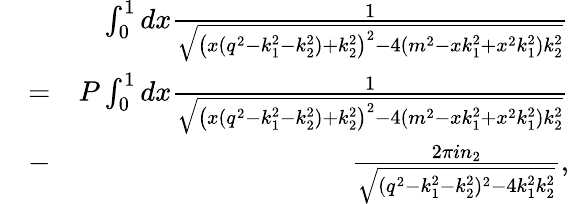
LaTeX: \begin{array}{rlr}&{}&{\int_{0}^{1}dx\frac{1}{\sqrt{\left(x(q^{2}-k_{1}^{2}-k_{2}^{2})+k_{2}^{2}\right)^{2}-4(m^{2}-xk_{1}^{2}+x^{2}k_{1}^{2})k_{2}^{2}}}}\\ &{=}&{P\int_{0}^{1}dx\frac{1}{\sqrt{\left(x(q^{2}-k_{1}^{2}-k_{2}^{2})+k_{2}^{2}\right)^{2}-4(m^{2}-xk_{1}^{2}+x^{2}k_{1}^{2})k_{2}^{2}}}}\\ &{-}&{\frac{2\pi in_{2}}{\sqrt{(q^{2}-k_{1}^{2}-k_{2}^{2})^{2}-4k_{1}^{2}k_{2}^{2}}},}\end{array}